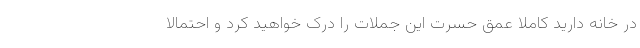
در خانه دارید کاملا عمق حسرت این جملات را درک خواهید کرد و احتمالا